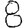
Digit: 8